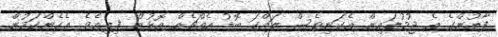
ފާތުންގެ އެ ޖުމުލައިން އެކަނިވެސް ލައްކަ ބޮޑު އެއްޗެއް އޮޅުން ފިލިއެވެ. އެހެންކަމުން